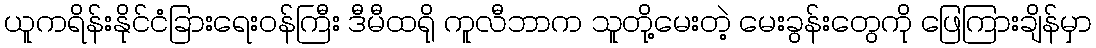
ယူကရိန်းနိုင်ငံခြားရေးဝန်ကြီး ဒီမီထရို ကူလီဘာက သူတို့မေးတဲ့ မေးခွန်းတွေကို ဖြေကြားချိန်မှာ